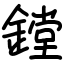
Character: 鏜